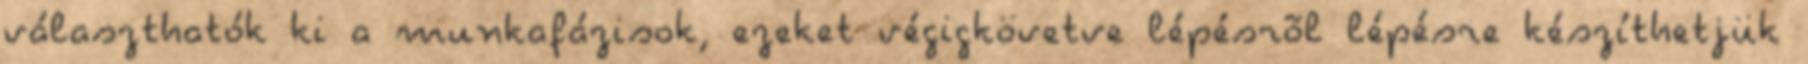
választhatók ki a munkafázisok, ezeket végigkövetve lépésrõl lépésre készíthetjük